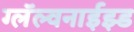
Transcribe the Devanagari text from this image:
ग्लॅल्वनाईझ्ड